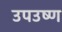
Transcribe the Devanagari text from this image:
उपउष्ण